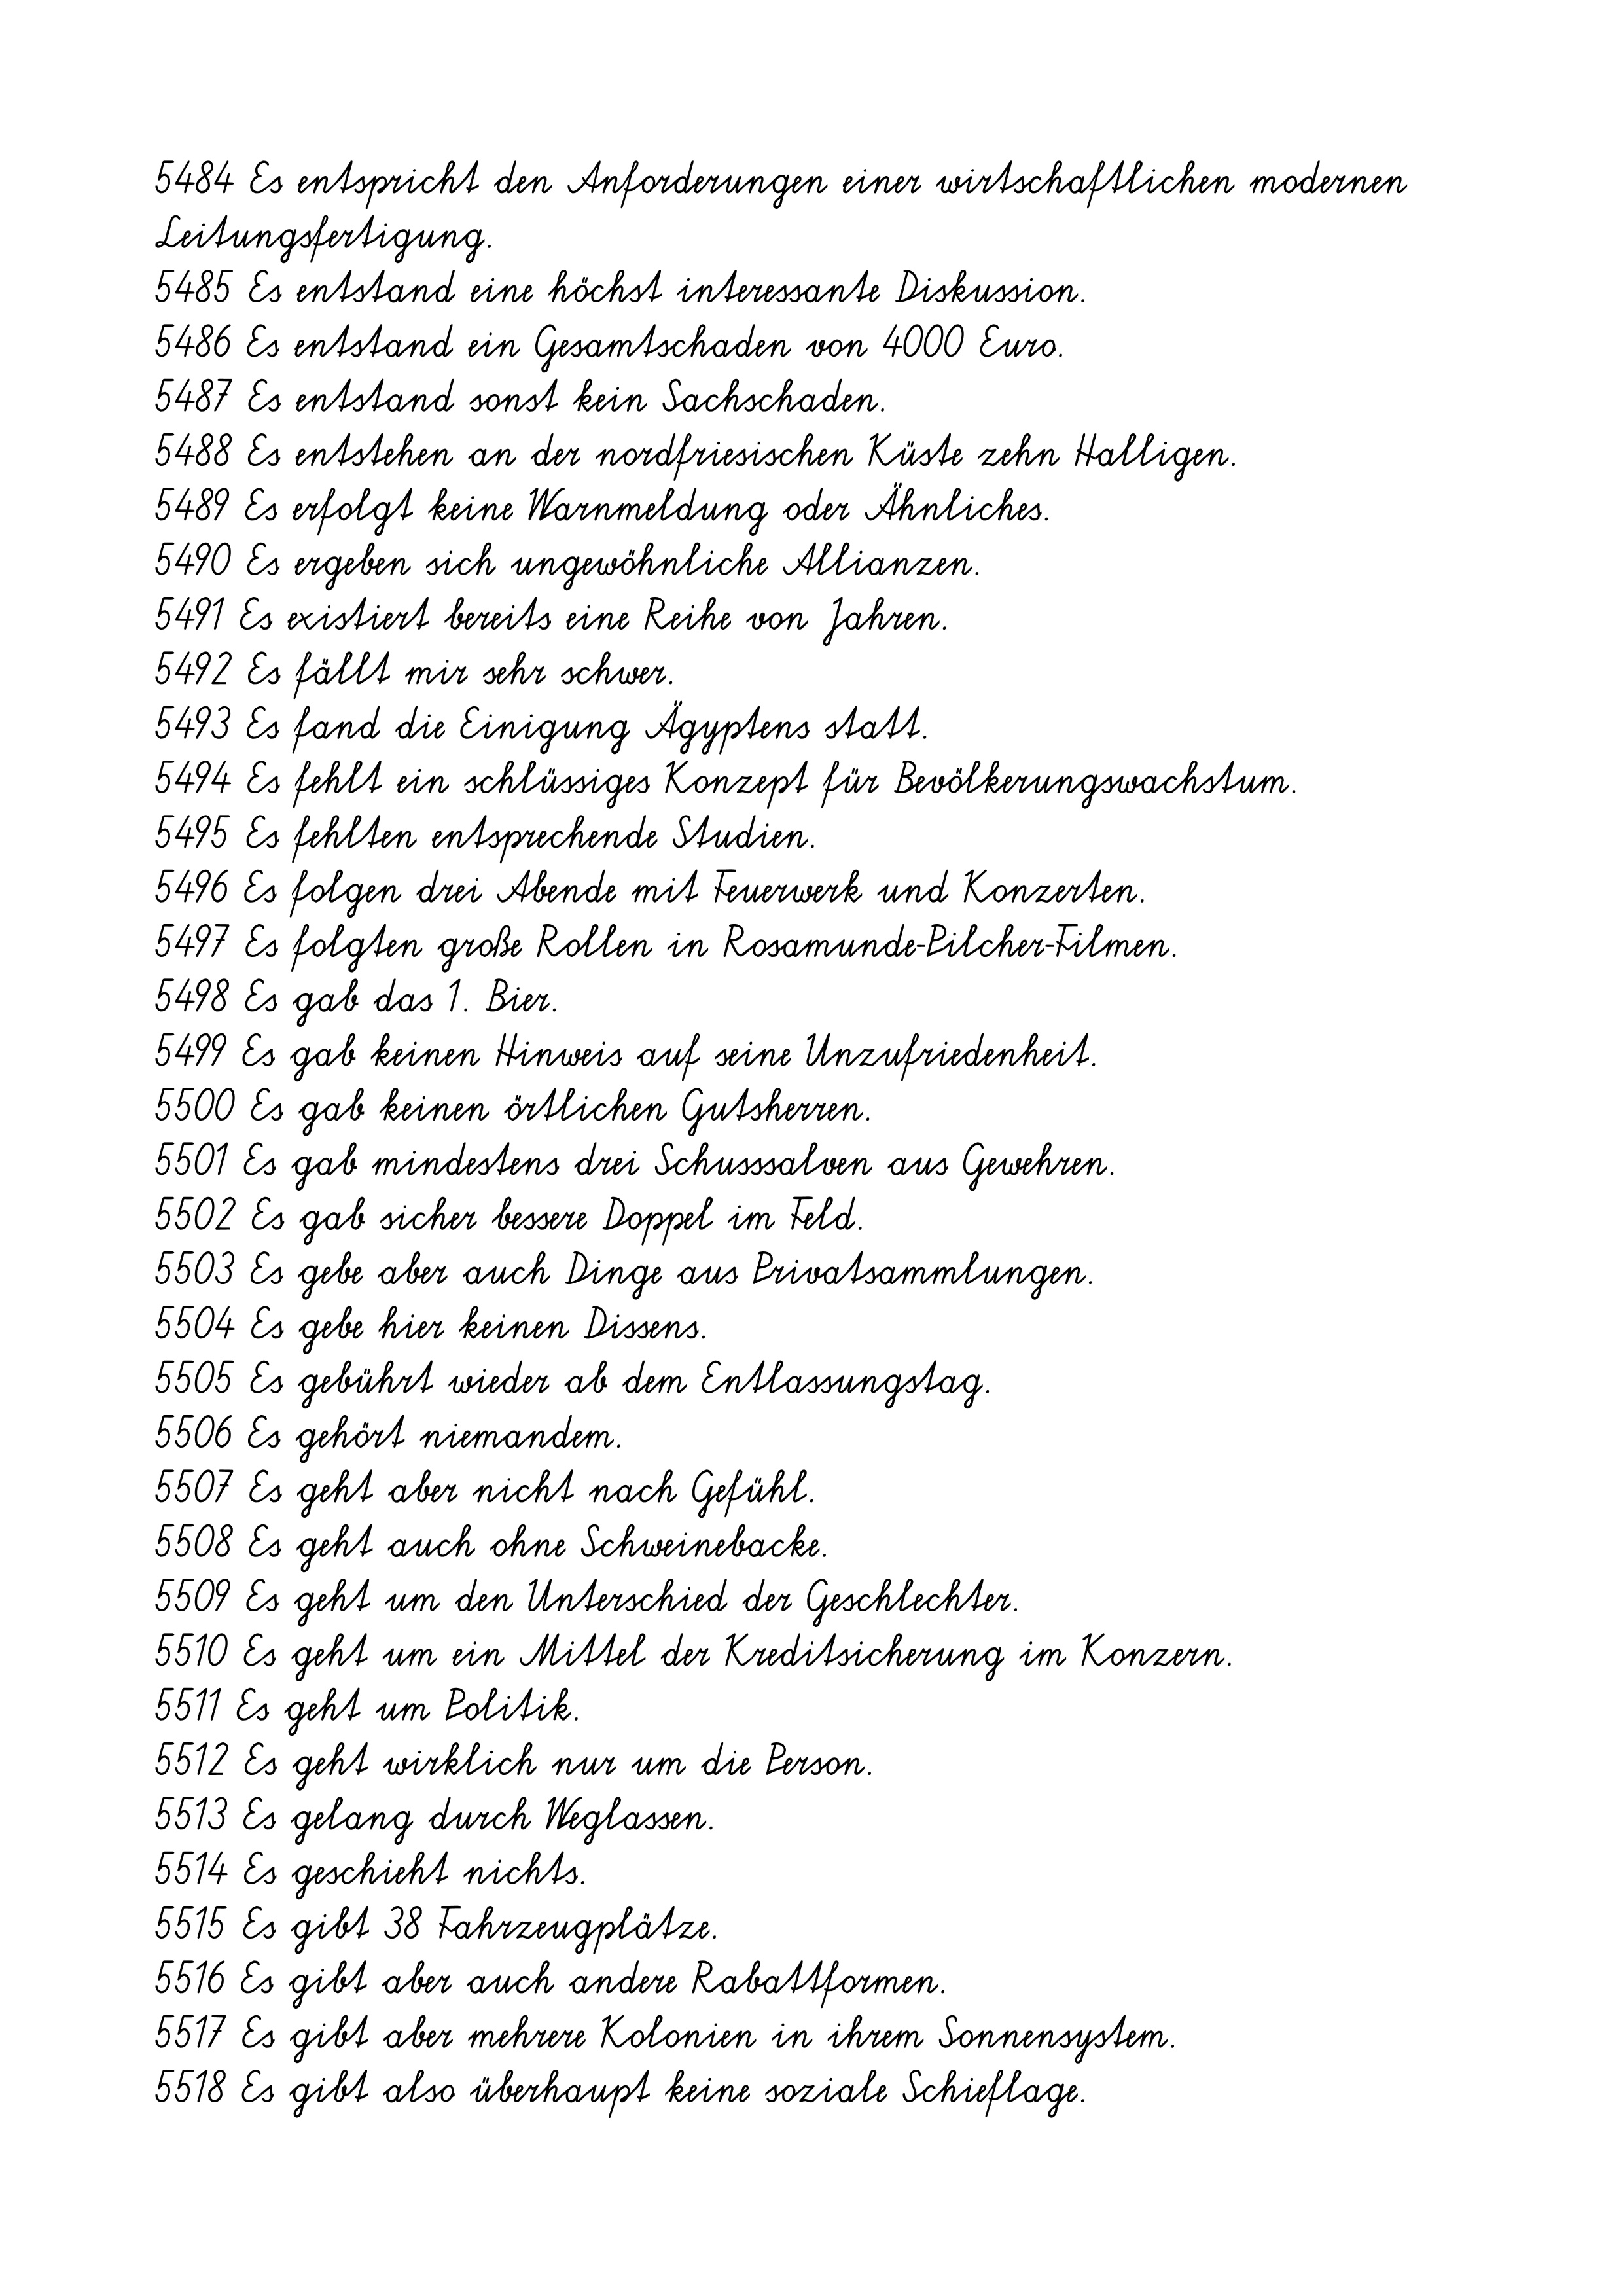
5484 Es entspricht den Anforderungen einer wirtschaftlichen modernen
Leitungsfertigung.
5485 Es entstand eine höchst interessante Diskussion.
5486 Es entstand ein Gesamtschaden von 4000 Euro.
5487 Es entstand sonst kein Sachschaden.
5488 Es entstehen an der nordfriesischen Küste zehn Halligen.
5489 Es erfolgt keine Warnmeldung oder Ähnliches.
5490 Es ergeben sich ungewöhnliche Allianzen.
5491 Es existiert bereits eine Reihe von Jahren.
5492 Es fällt mir sehr schwer.
5493 Es fand die Einigung Ägyptens statt.
5494 Es fehlt ein schlüssiges Konzept für Bevölkerungswachstum.
5495 Es fehlten entsprechende Studien.
5496 Es folgen drei Abende mit Feuerwerk und Konzerten.
5497 Es folgten große Rollen in Rosamunde-Pilcher-Filmen.
5498 Es gab das 1. Bier.
5499 Es gab keinen Hinweis auf seine Unzufriedenheit.
5500 Es gab keinen örtlichen Gutsherren.
5501 Es gab mindestens drei Schusssalven aus Gewehren.
5502 Es gab sicher bessere Doppel im Feld.
5503 Es gebe aber auch Dinge aus Privatsammlungen.
5504 Es gebe hier keinen Dissens.
5505 Es gebührt wieder ab dem Entlassungstag.
5506 Es gehört niemandem.
5507 Es geht aber nicht nach Gefühl.
5508 Es geht auch ohne Schweinebacke.
5509 Es geht um den Unterschied der Geschlechter.
5510 Es geht um ein Mittel der Kreditsicherung im Konzern.
5511 Es geht um Politik.
5512 Es geht wirklich nur um die Person.
5513 Es gelang durch Weglassen.
5514 Es geschieht nichts.
5515 Es gibt 38 Fahrzeugplätze.
5516 Es gibt aber auch andere Rabattformen.
5517 Es gibt aber mehrere Kolonien in ihrem Sonnensystem.
5518 Es gibt also überhaupt keine soziale Schieflage.